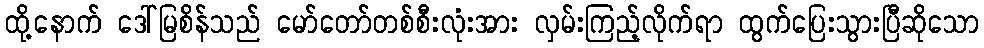
ထို့နောက် ဒေါ်မြစိန်သည် မော်တော်တစ်စီးလုံးအား လှမ်းကြည့်လိုက်ရာ ထွက်ပြေးသွားပြီဆိုသော